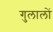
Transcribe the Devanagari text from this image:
गुलालों